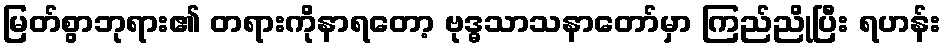
မြတ်စွာဘုရား၏ တရားကိုနာရတော့ ဗုဒ္ဓသာသနာတော်မှာ ကြည်ညိုပြီး ရဟန်း